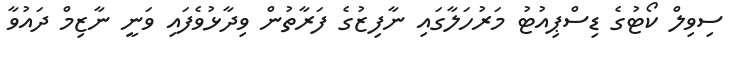
ސިވިލް ކޯޓުގެ ޑިސްޕިއުޓު މަރުހަލާގައި ނާފިޒުގެ ފަރާތުން ވިދާޅުވެފައި ވަނީ ނާޒިމް ދައުވާ